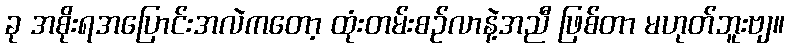
ခု အစိုးရအပြောင်းအလဲကတော့ ထုံးတမ်းစဉ်လာနဲ့အညီ ဖြစ်တာ မဟုတ်ဘူးဗျ။